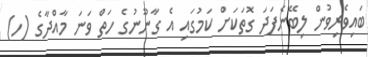
ބައިވެރިވުން ލިބޭނެފަދަ ގޮތަކަށް ކަމުގައި އެ ގާނޫނުގެ ހަތް ވަނަ މާއްދާގެ (ހ)